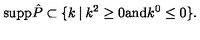
{ \mathrm { s u p p } } \hat { P } \subset \{ k \: | \: k ^ { 2 } \geq 0 { \mathrm { a n d } } k ^ { 0 } \leq 0 \} .